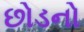
છોડનો